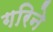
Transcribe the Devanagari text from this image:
गरिने